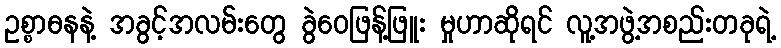
ဥစ္စာဓနနဲ့ အခွင့်အလမ်းတွေ ခွဲဝေဖြန့်ဖြူး မှုဟာဆိုရင် လူ့အဖွဲ့အစည်းတခုရဲ့